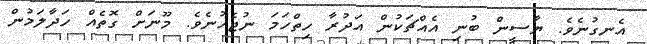
އެނގުނެވެ. ޔާސީން ބުނި އެއްޗަކުން އަދުރާ ހިތްހަމަ ނުޖެހުނެވެ. މޫނަށް ގޮތެއް ހަދާލަމުން